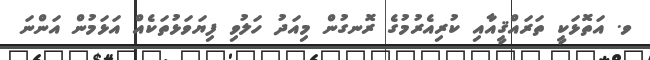
ވ. އަތޮޅަކީ ތަރައްޤީއާއި ކުރިއެރުމުގެ ރޮނގުން މިއަދު ހަލުވި ފިޔަވަޅުތަކެއް އަޅަމުން އަންނަ